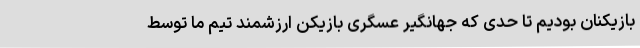
بازیکنان بودیم تا حدی که جهانگیر عسگری بازیکن ارزشمند تیم ما توسط